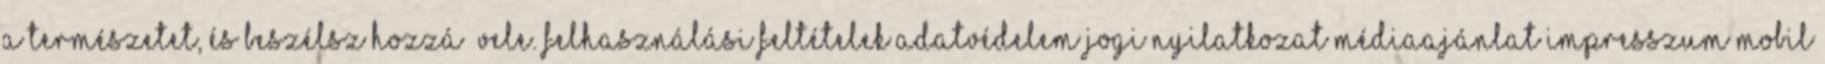
a természetet, és beszélsz hozzá vele. Felhasználási feltételekAdatvédelemJogi nyilatkozatMédiaajánlatImpresszumMobil